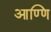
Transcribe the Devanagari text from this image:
आण्णि